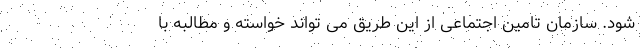
شود. سازمان تامین اجتماعی از این طریق می تواند خواسته و مطالبه با